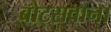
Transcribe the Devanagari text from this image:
बोट्सवाना